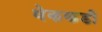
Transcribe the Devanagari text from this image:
थेककडी